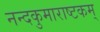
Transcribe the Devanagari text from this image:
नन्दकुमाराष्टकम्